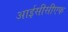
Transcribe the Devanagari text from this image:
आईसीसीएफ